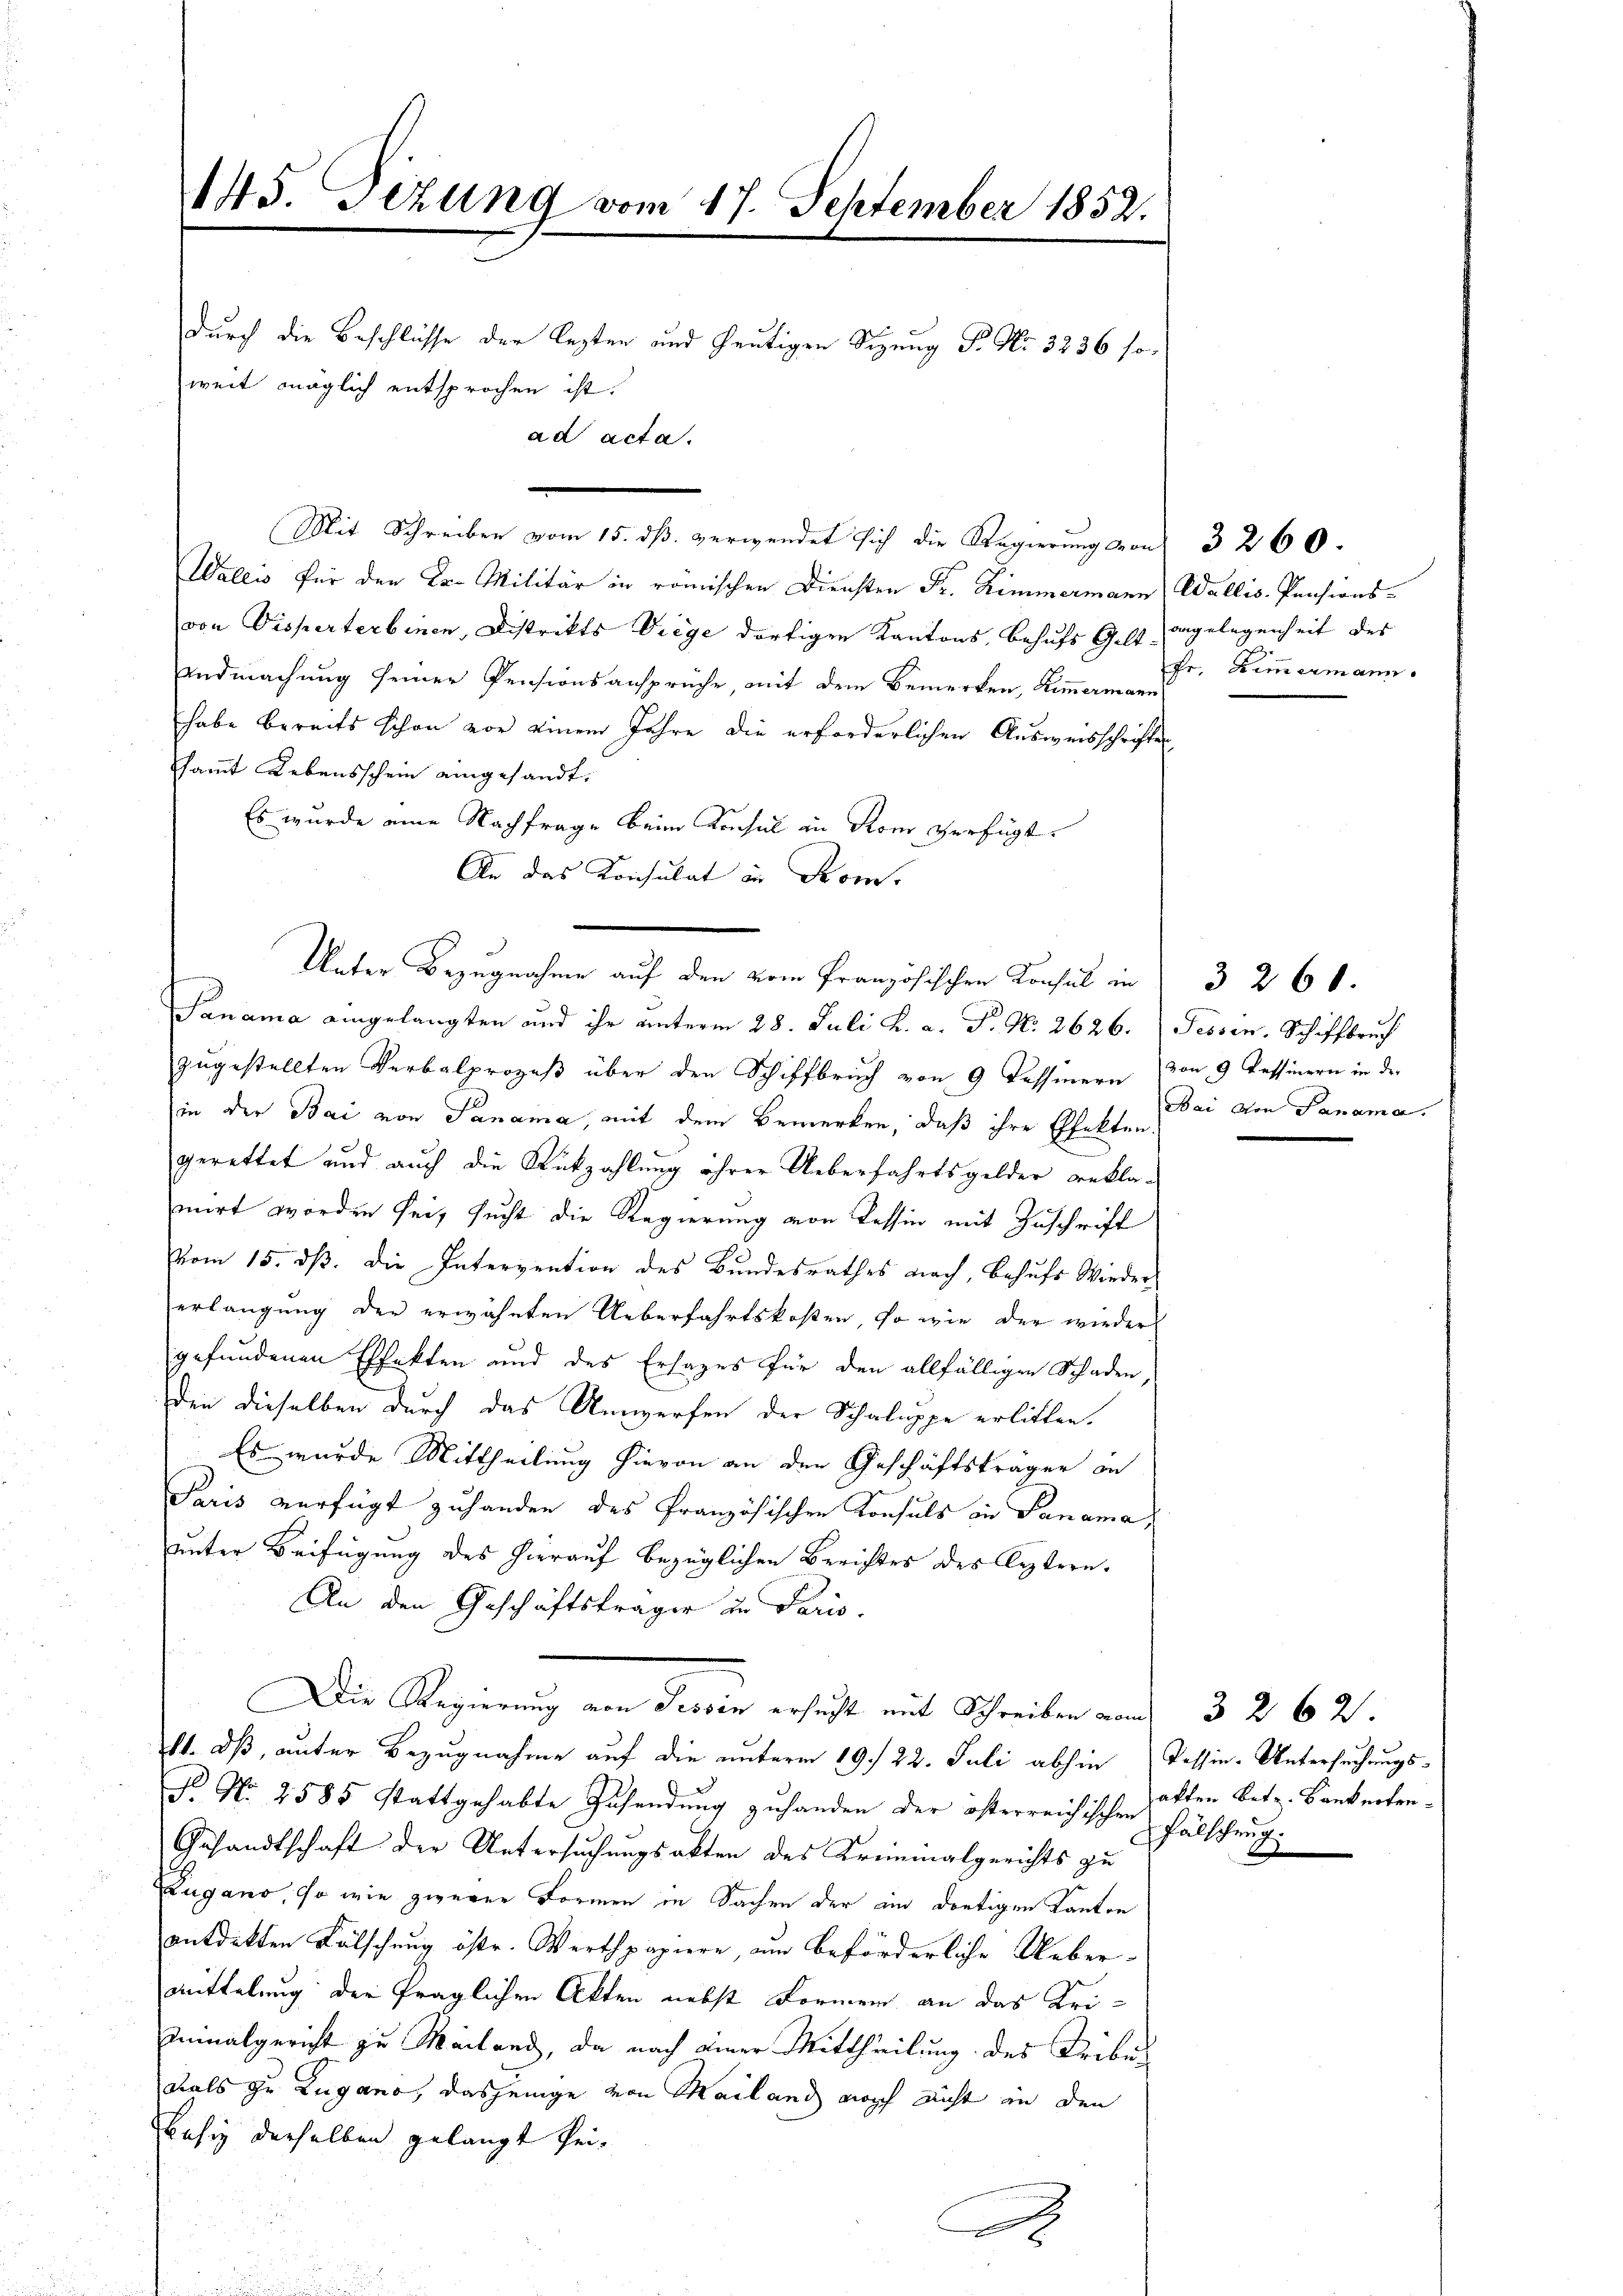
14d. Sizung vom 17. September 1852.
durch die Beschlüsse der lezten und heutigen Sizung P. Nr. 3236 so
weit möglich entsprochen ist.
ad acta.

Unter Bezugnahme auf den vom französischen Konsul in 3 260.

Mit Schreiben vom 15. dß. verwendet sich die Regierung von 3 260.
Wallis für den Dr. Militär in römischen Diensten Fr. Zimmermann
von Disperterbenen, Distrikts Viege dortigen Kantons, Behufs Gelt-
Undmachung seiner Pensionsansprüche, mit dem Bemerken, Kammermann
habe bereits schon vor einem Jahre die erforderlichen Ausweisschrifte
sammt Lebensschein eingesandt.
Es wurde eine Nachfrage beim Konsul in Rom verfügt
An das Konsulat in Kom-
Panama eingelangten und ihr unterm 28. Juli h. a. P. No. 2626. Fessen. Schiffbruch
zugestellten Verbalprozeß über den Schiffbruch von 9 Tessinern von 9 Tessinern in der
in der Bai von Panama, mit dem Bemerken, daß ihre Effekten
gerettet und auch die Rückzahlung ihrer Ueberfahrtsgelder Beklamirt worden sei, sucht die Regierung von Tessin mit Zuschrift
vom 15. dß. die Intervention des Bundesrathes nach, Behufs Wiedererlangung der erwähnten Ueberfahrtskosten, so wie der wieder
gefundenen Effekten und des Ersages für den allfälligen Schaden,
den dieselben durch das Unwerfen der Schaluppe erlitten.
Es wurde Mittheilung hievon an den Geschäftsträger in
Paris verfügt zuhanden des französischen Konsuls in Panama,
unter Beifügung des hierauf bezüglichen Berichtes des leztern.
An den Geschäftsträger in Paris.
Die Regierung von Tessin ersucht mit Schreiben vom 32. 62.
11. dß, unter Bezugnahme auf die unterm 19. 22. Juli abhin
N No 2585 stattgehabte Zusendung zu handen der österreichischen Akten Betr. Bankertre¬
Gesandtschaft der Untersuchungsakten des Kreiminalgerichts zu
Lugano, so wie zweyer Formen in Sachen der ein dortigen Kanton
entdekten Fälschung östr. Werthpapiere, um beförderliche Ueber¬
Mittelung der Präglichen Akten nebst Formen an das Uriminalgericht zu Mailand, da nach einer Mittheilung des Tribudals zu Zugano, dasjenige von Mailand noch nicht in den
Besiz derselben gelangt keie

6

Wallis. Pensions-
angelegenheit des
fr. Zimmermann.

Bai von Panama.

Tessin-Untersuchungs¬
Fälschung.